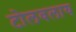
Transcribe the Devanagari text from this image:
टोलवलाय